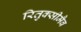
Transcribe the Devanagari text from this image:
रितुक्सीमैब